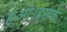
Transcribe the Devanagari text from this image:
हुआ।इसके